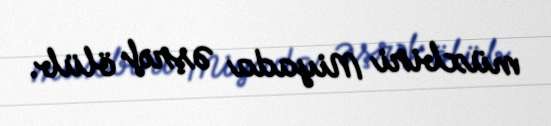
müxbiri Miyada Əşrəf ölüb.